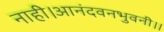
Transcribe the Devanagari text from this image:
नाही।आनंदवनभुवनी।।